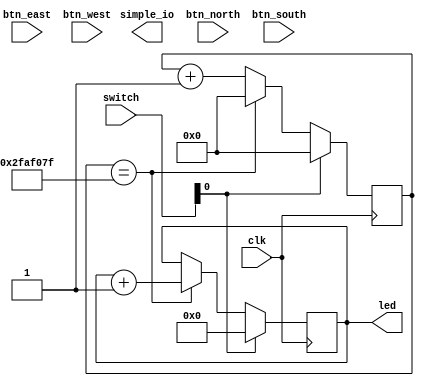
module simple_counter
    (         	 simple_io,
                       led,
                    switch,
                 btn_north,
                  btn_east,
                 btn_south,
                  btn_west,
                       clk);

output [12:9] simple_io;
output [7:0] led;
input [3:0] switch;
input btn_north;
input btn_east;
input btn_south;
input btn_west;
input clk;


wire [12:9] simple_io;
reg [7:0] led;
reg [25:0] int_count;//        : integer range 0 to 49999999 :=0; THEJA, this should be adjusted for faster speed.

always @(posedge clk)
begin
	if(switch[0]==1)
	begin
		int_count <= 0;
		led <= 0;
	end
	else
	begin
		//divide 50MHz by 50,000,0000 to form 1Hz pulses
		//if (int_count==49999999)
		if (int_count==49999999) //1hz
		begin
			int_count <= 0;
			led <= led + 1'b1;
		end
		else
		begin
			int_count <= int_count + 1'b1;
		end
	end
end 
endmodule